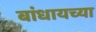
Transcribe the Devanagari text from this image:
बांधायच्या